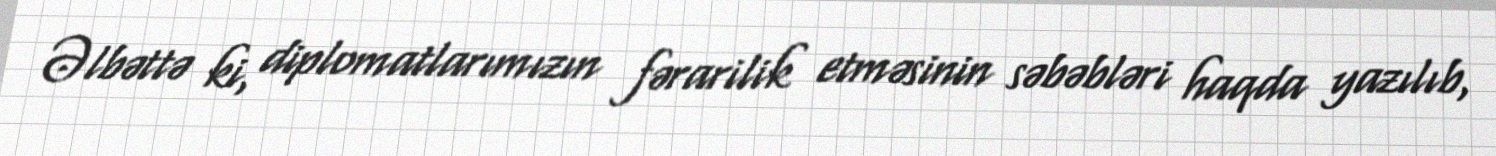
Əlbəttə ki, diplomatlarımızın fərarilik etməsinin səbəbləri haqda yazılıb,